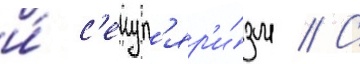
и́ с'екул'яр'и́зм // С